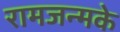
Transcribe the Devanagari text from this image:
रामजन्मके